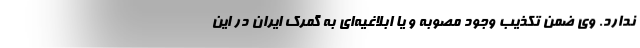
ندارد. وی ضمن تکذیب وجود مصوبه و یا ابلاغیه‌ای به گمرک ایران در این